Annual report on the health of the army in India
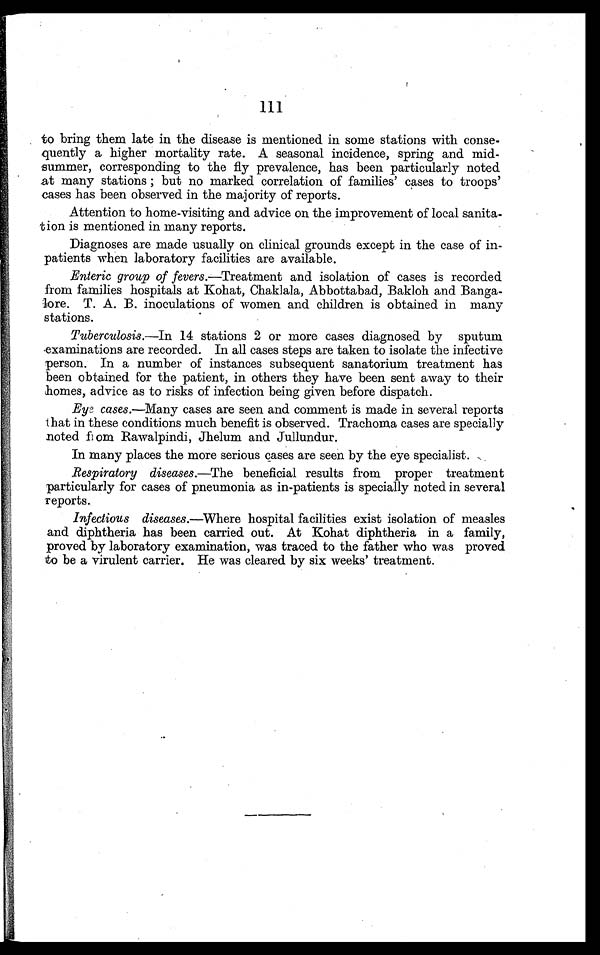
111
to bring them late in the disease is mentioned in some stations with conse-
quently a higher mortality rate. A seasonal incidence, spring and mid-
summer, corresponding to the fly prevalence, has been particularly noted
at many stations ; but no marked correlation of families' cases to troops'
cases has been observed in the majority of reports.
Attention to home-visiting and advice on the improvement of local sanita-
tion is mentioned in many reports.
Diagnoses are made usually on clinical grounds except in the case of in-
patients when laboratory facilities are available.
Enteric group of fevers.—Treatment and isolation of cases is recorded
from families hospitals at Kohat, Chaklala, Abbottabad, Bakloh and Banga-
lore. T. A. B. inoculations of women and children is obtained in many
stations.
Tuberculosis.—In 14 stations 2 or more cases diagnosed by sputum
examinations are recorded. In all cases steps are taken to isolate the infective
person. In a number of instances subsequent sanatorium treatment has
been obtained for the patient, in others they have been sent away to their
homes, advice as to risks of infection being given before dispatch.
Eyec a s e s
. — M a n y c a s e s a r e s e e n a n d c o m m e n t i s m a d e i n s e v e r a l r e p o r t s
that in these conditions much benefit is observed. Trachoma cases are specially
noted from Rawalpindi, Jhelum and Jullundur.
In many places the more serious cases are seen by the eye specialist.
Respiratory diseases.—The beneficial results from proper treatment
particularly for cases of pneumonia as in-patients is specially noted in several
reports.
Infectious diseases.—Where hospital facilities exist isolation of measles
and diphtheria has been carried out. At Kohat diphtheria in a family,
proved by laboratory examination, was traced to the father who was proved
to be a virulent carrier. He was cleared by six weeks' treatment.